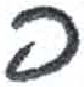
אות: פ